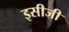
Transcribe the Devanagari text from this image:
इसीजी